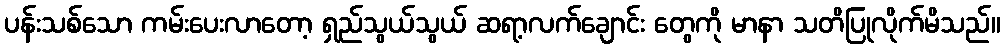
ပန်းသစ်သော ကမ်းပေးလာတော့ ရှည်သွယ်သွယ် ဆရာ့လက်ချောင်း တွေကို မာနာ သတိပြုလိုက်မိသည်။